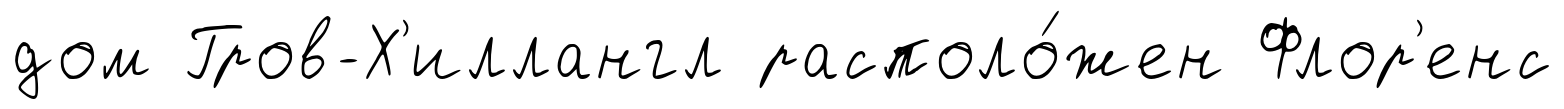
дом Гров-Х'иллангл располо́жен Флор'енс